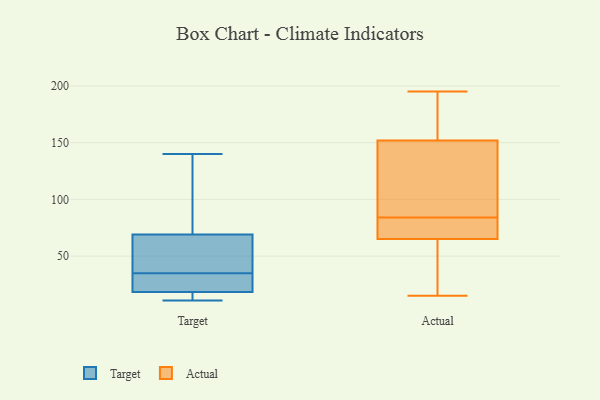
{"axis": {"x": "Operating Costs (USD K)", "y": "Value"}, "legend": ["Actual", "Target"], "data": [{"x": "", "y": 140, "type": "Target"}, {"x": "", "y": 39, "type": "Target"}, {"x": "", "y": 35, "type": "Target"}, {"x": "", "y": 11, "type": "Target"}, {"x": "", "y": 29, "type": "Target"}, {"x": "", "y": 14, "type": "Target"}, {"x": "", "y": 17, "type": "Target"}, {"x": "", "y": 48, "type": "Target"}, {"x": "", "y": 23, "type": "Target"}, {"x": "", "y": 120, "type": "Target"}, {"x": "", "y": 76, "type": "Target"}, {"x": "", "y": 173, "type": "Actual"}, {"x": "", "y": 68, "type": "Actual"}, {"x": "", "y": 96, "type": "Actual"}, {"x": "", "y": 83, "type": "Actual"}, {"x": "", "y": 152, "type": "Actual"}, {"x": "", "y": 65, "type": "Actual"}, {"x": "", "y": 91, "type": "Actual"}, {"x": "", "y": 185, "type": "Actual"}, {"x": "", "y": 152, "type": "Actual"}, {"x": "", "y": 161, "type": "Actual"}, {"x": "", "y": 15, "type": "Actual"}, {"x": "", "y": 16, "type": "Actual"}, {"x": "", "y": 27, "type": "Actual"}, {"x": "", "y": 27, "type": "Actual"}, {"x": "", "y": 195, "type": "Actual"}, {"x": "", "y": 72, "type": "Actual"}, {"x": "", "y": 85, "type": "Actual"}, {"x": "", "y": 69, "type": "Actual"}]}